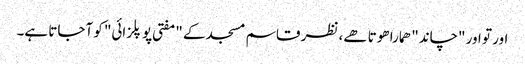
اور تو اور "چاند" ھمارا ھوتا ھے، نظر قاسم مسجد کے "مفتی پوپلزائی" کو آجاتا ہے۔